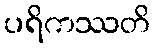
ပရိကဿတိ